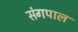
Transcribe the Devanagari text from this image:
संगपाल